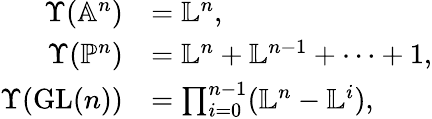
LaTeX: \begin{array}{rl}{\Upsilon(\mathbb{A}^{n})}&{=\mathbb{L}^{n},}\\ {\Upsilon(\mathbb{P}^{n})}&{=\mathbb{L}^{n}+\mathbb{L}^{n-1}+\cdots+1,}\\ {\Upsilon(\mathrm{GL}(n))}&{=\prod_{i=0}^{n-1}(\mathbb{L}^{n}-\mathbb{L}^{i}),}\end{array}